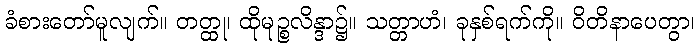
ခံစားတော်မူလျက်။ တတ္ထု၊ ထိုမုဉ္စလိန္ဒာ၌။ သတ္တာဟံ၊ ခုနှစ်ရက်ကို။ ဝိတိနာပေတွာ၊